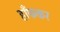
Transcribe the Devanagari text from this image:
हाँफकर